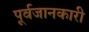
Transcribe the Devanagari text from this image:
पूर्वजानकारी